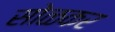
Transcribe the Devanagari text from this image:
सोळकर